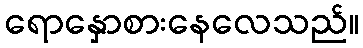
ရောနှောစားနေလေသည်။